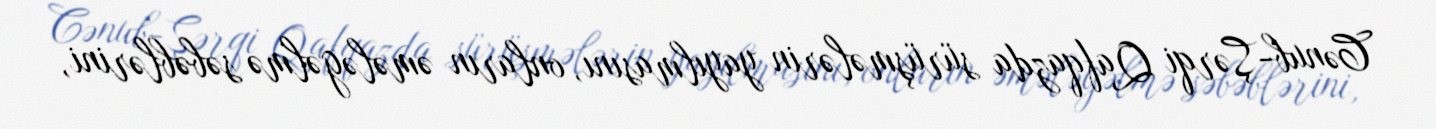
Cənub-Şərqi Qafqazda sürüşmələrin yayılmasını, onların əmələgəlmə səbəblərini,